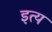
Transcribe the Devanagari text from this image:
इत्य